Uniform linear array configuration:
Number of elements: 48
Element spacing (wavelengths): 1
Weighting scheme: binomial
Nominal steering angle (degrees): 45
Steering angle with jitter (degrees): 44.642
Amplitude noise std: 0.05
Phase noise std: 0.05

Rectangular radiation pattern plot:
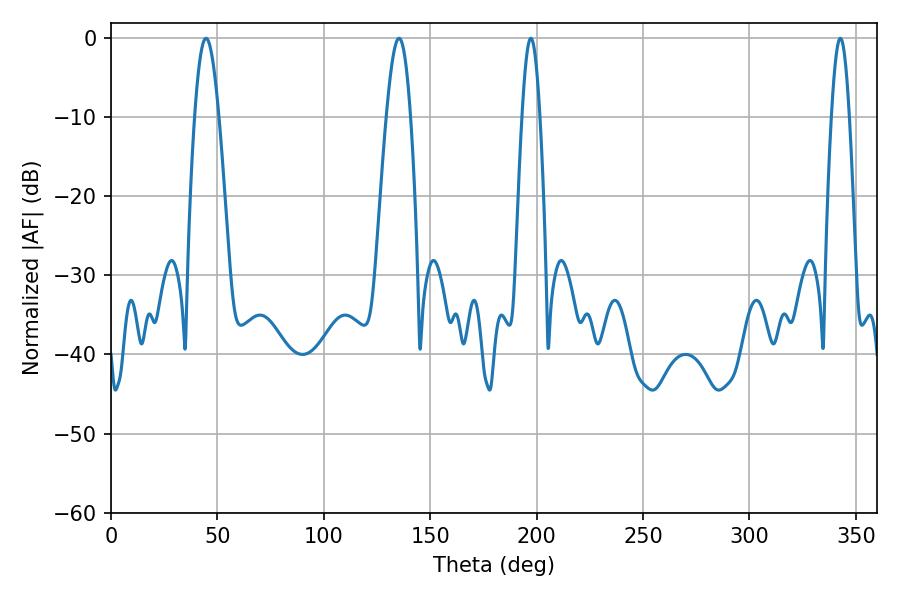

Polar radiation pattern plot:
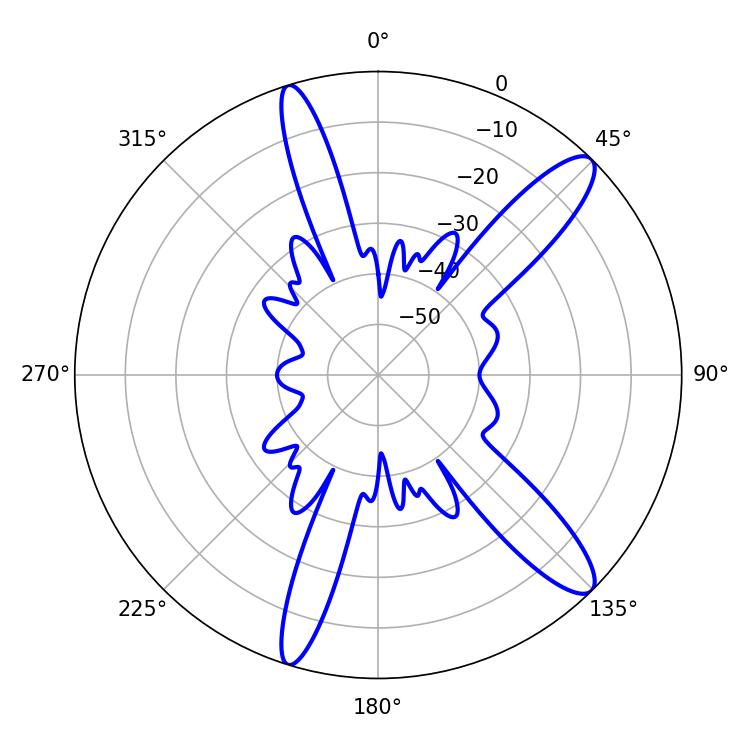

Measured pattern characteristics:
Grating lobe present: TRUE
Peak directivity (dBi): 12.468
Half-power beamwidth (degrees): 4.5
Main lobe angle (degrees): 197.28